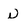
Character: n